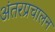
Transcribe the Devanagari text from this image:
अंतरप्रचालन